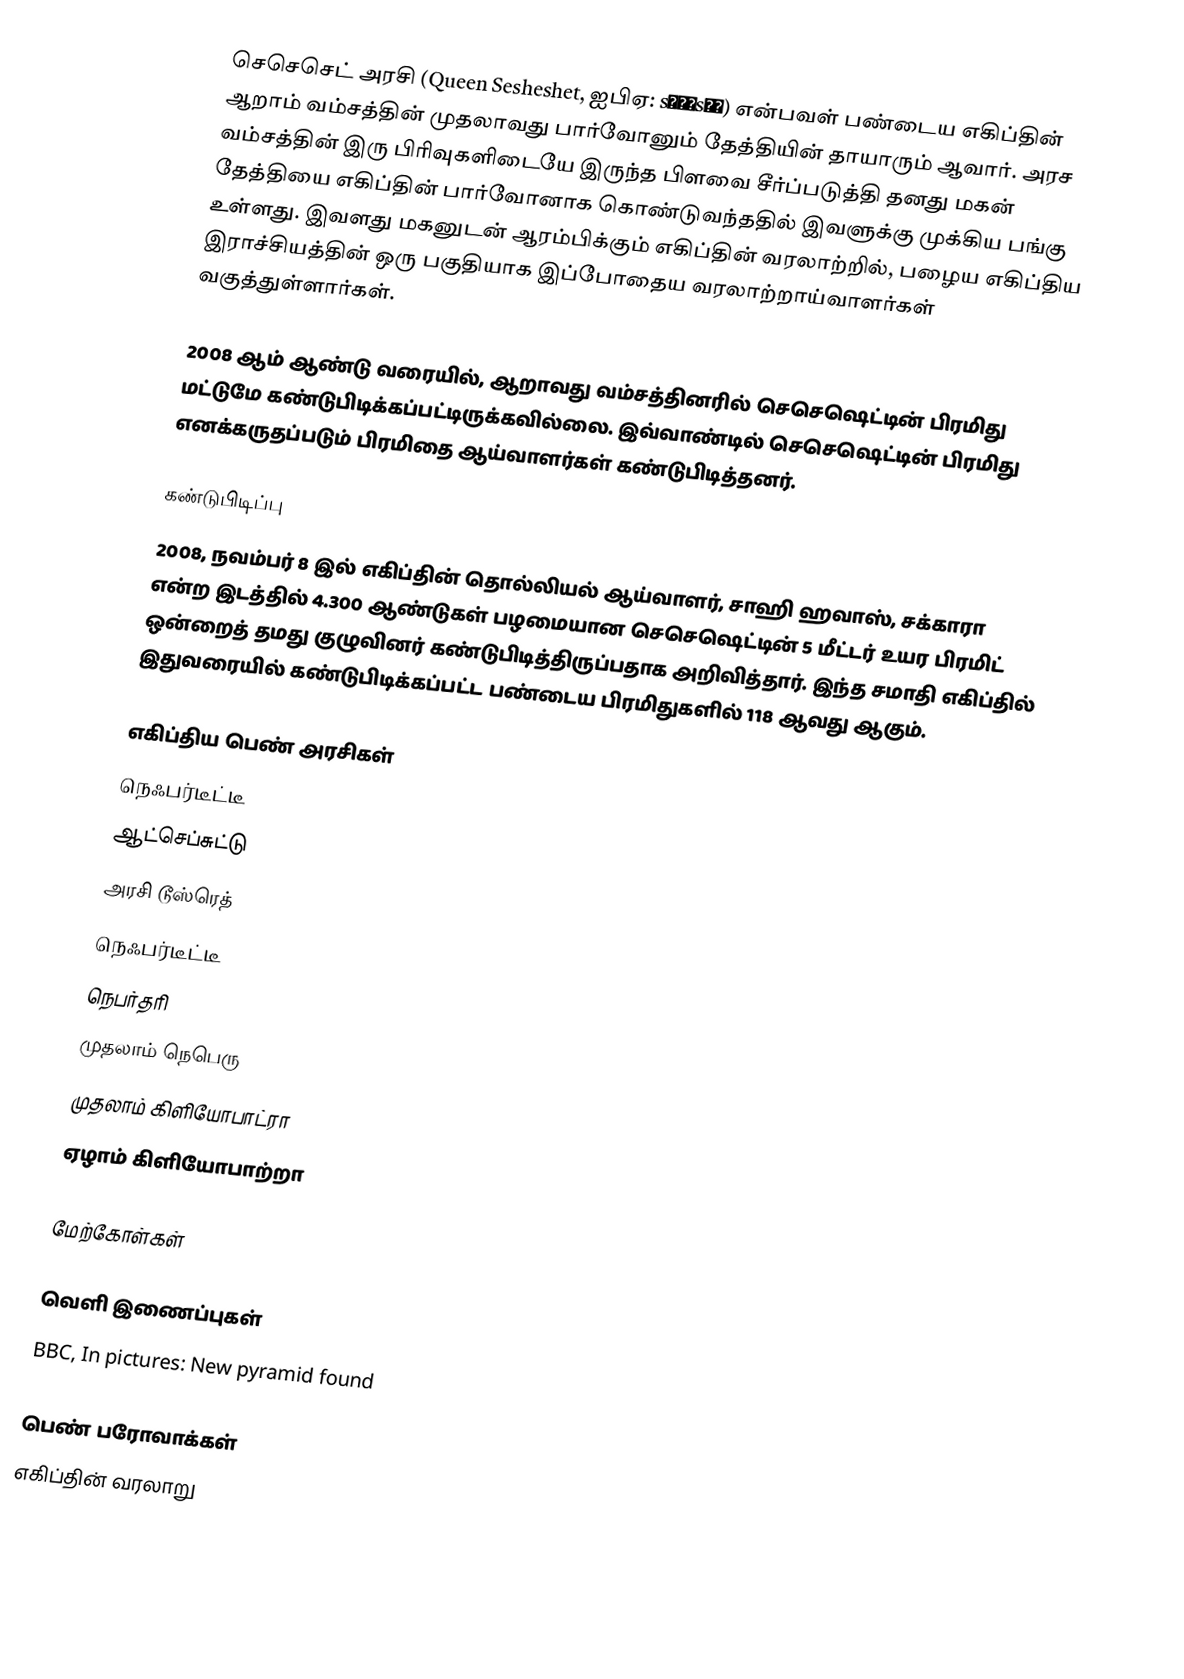
செசெசெட் அரசி (Queen Sesheshet, ஐபிஏ: sɘʃɘsɐʈ) என்பவள் பண்டைய எகிப்தின் ஆறாம் வம்சத்தின் முதலாவது பார்வோனும் தேத்தியின் தாயாரும் ஆவார். அரச வம்சத்தின் இரு பிரிவுகளிடையே இருந்த பிளவை சீர்ப்படுத்தி தனது மகன் தேத்தியை எகிப்தின் பார்வோனாக கொண்டுவந்ததில் இவளுக்கு முக்கிய பங்கு உள்ளது. இவளது மகனுடன் ஆரம்பிக்கும் எகிப்தின் வரலாற்றில், பழைய எகிப்திய இராச்சியத்தின் ஒரு பகுதியாக இப்போதைய வரலாற்றாய்வாளர்கள் வகுத்துள்ளார்கள்.

2008 ஆம் ஆண்டு வரையில், ஆறாவது வம்சத்தினரில் செசெஷெட்டின் பிரமிது மட்டுமே கண்டுபிடிக்கப்பட்டிருக்கவில்லை. இவ்வாண்டில் செசெஷெட்டின் பிரமிது எனக்கருதப்படும் பிரமிதை ஆய்வாளர்கள் கண்டுபிடித்தனர்.

கண்டுபிடிப்பு
2008, நவம்பர் 8 இல் எகிப்தின் தொல்லியல் ஆய்வாளர், சாஹி ஹவாஸ், சக்காரா என்ற இடத்தில் 4.300 ஆண்டுகள் பழமையான செசெஷெட்டின் 5 மீட்டர் உயர பிரமிட் ஒன்றைத் தமது குழுவினர் கண்டுபிடித்திருப்பதாக அறிவித்தார். இந்த சமாதி எகிப்தில் இதுவரையில் கண்டுபிடிக்கப்பட்ட பண்டைய பிரமிதுகளில் 118 ஆவது ஆகும்.

எகிப்திய பெண் அரசிகள்
நெஃபர்டீட்டீ
ஆட்செப்சுட்டு
அரசி டூஸ்ரெத்
நெஃபர்டீட்டீ
நெபர்தரி
முதலாம் நெபெரு
முதலாம் கிளியோபாட்ரா
ஏழாம் கிளியோபாற்றா

மேற்கோள்கள்

வெளி இணைப்புகள்
 BBC, In pictures: New pyramid found

பெண் பரோவாக்கள்
எகிப்தின் வரலாறு